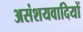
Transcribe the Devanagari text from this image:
असंशयवादियों